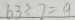
6 3 \div 7 = 9